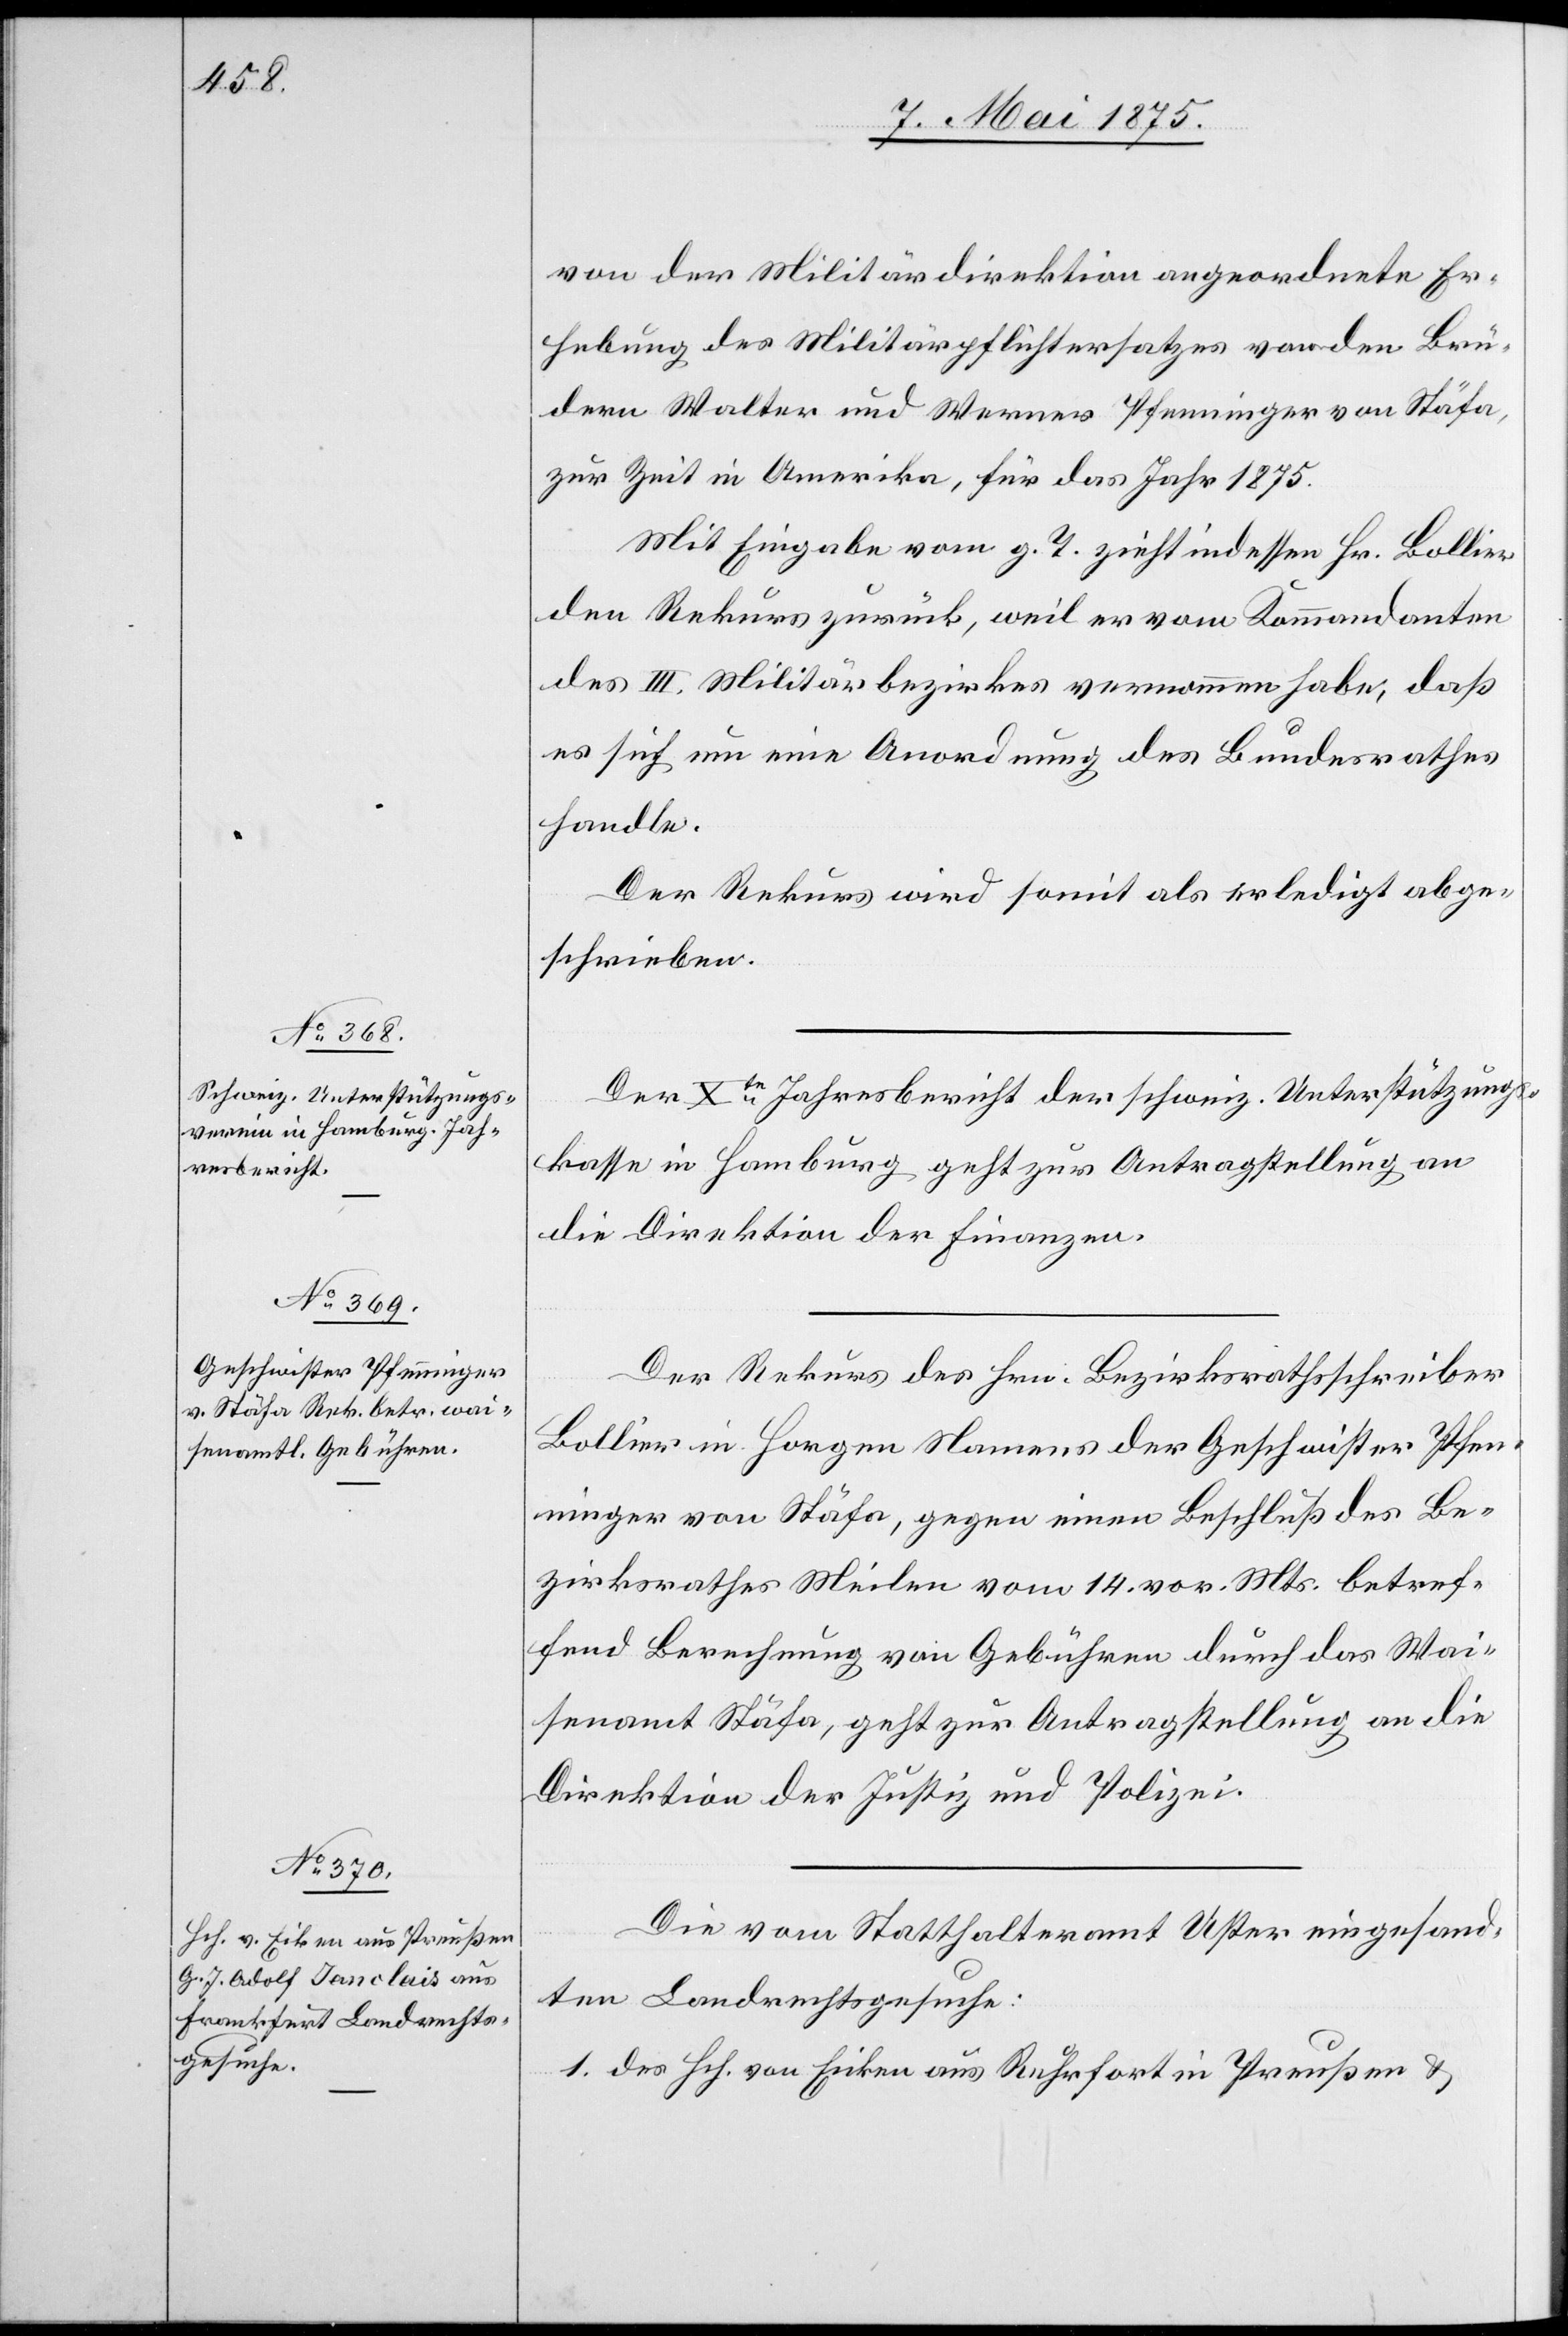
7. Mai 1875.]
von der Militärdirektion angeordnete Er¬
hebung des Militärpflichtersatzes von den Brü¬
dern Walter und Werner Pfenninger von Stäfa,
zur Zeit in Amerika, für das Jahr 1875.
Mit Eingabe vom g. T. zieht indessen Hr. Bollier
den Rekurs zurück, weil er vom Kommandanten
des III. Militärbezirkes vernommen habe, daß
es sich um eine Anordnung des Bundesrathes
handle.
Der Rekurs wird somit als erledigt abge¬
schrieben.
Der Xte Jahresbericht der schweiz. Unterstützungs¬
kasse in Hamburg geht zur Antragstellung an
die Direktion der Finanzen.
Der Rekurs des Hrn. Bezirksrathschreiber
Bollier in Horgen Namens der Geschwister Pfen¬
ninger von Stäfa, gegen einen Beschluß des Be¬
zirksrathes Meilen vom 14. vor. Mts. betref¬
fend Berechnung von Gebühren durch das Wai¬
senamt Stäfa, geht zur Antragstellung an die
Direktion der Justiz und Polizei.
Die vom Statthalteramt Uster eingesand¬
ten Landrechtsgesuche:
1. des Hch. von Eiken aus Ruhrfort in Preußen &